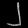
Digit: ၂